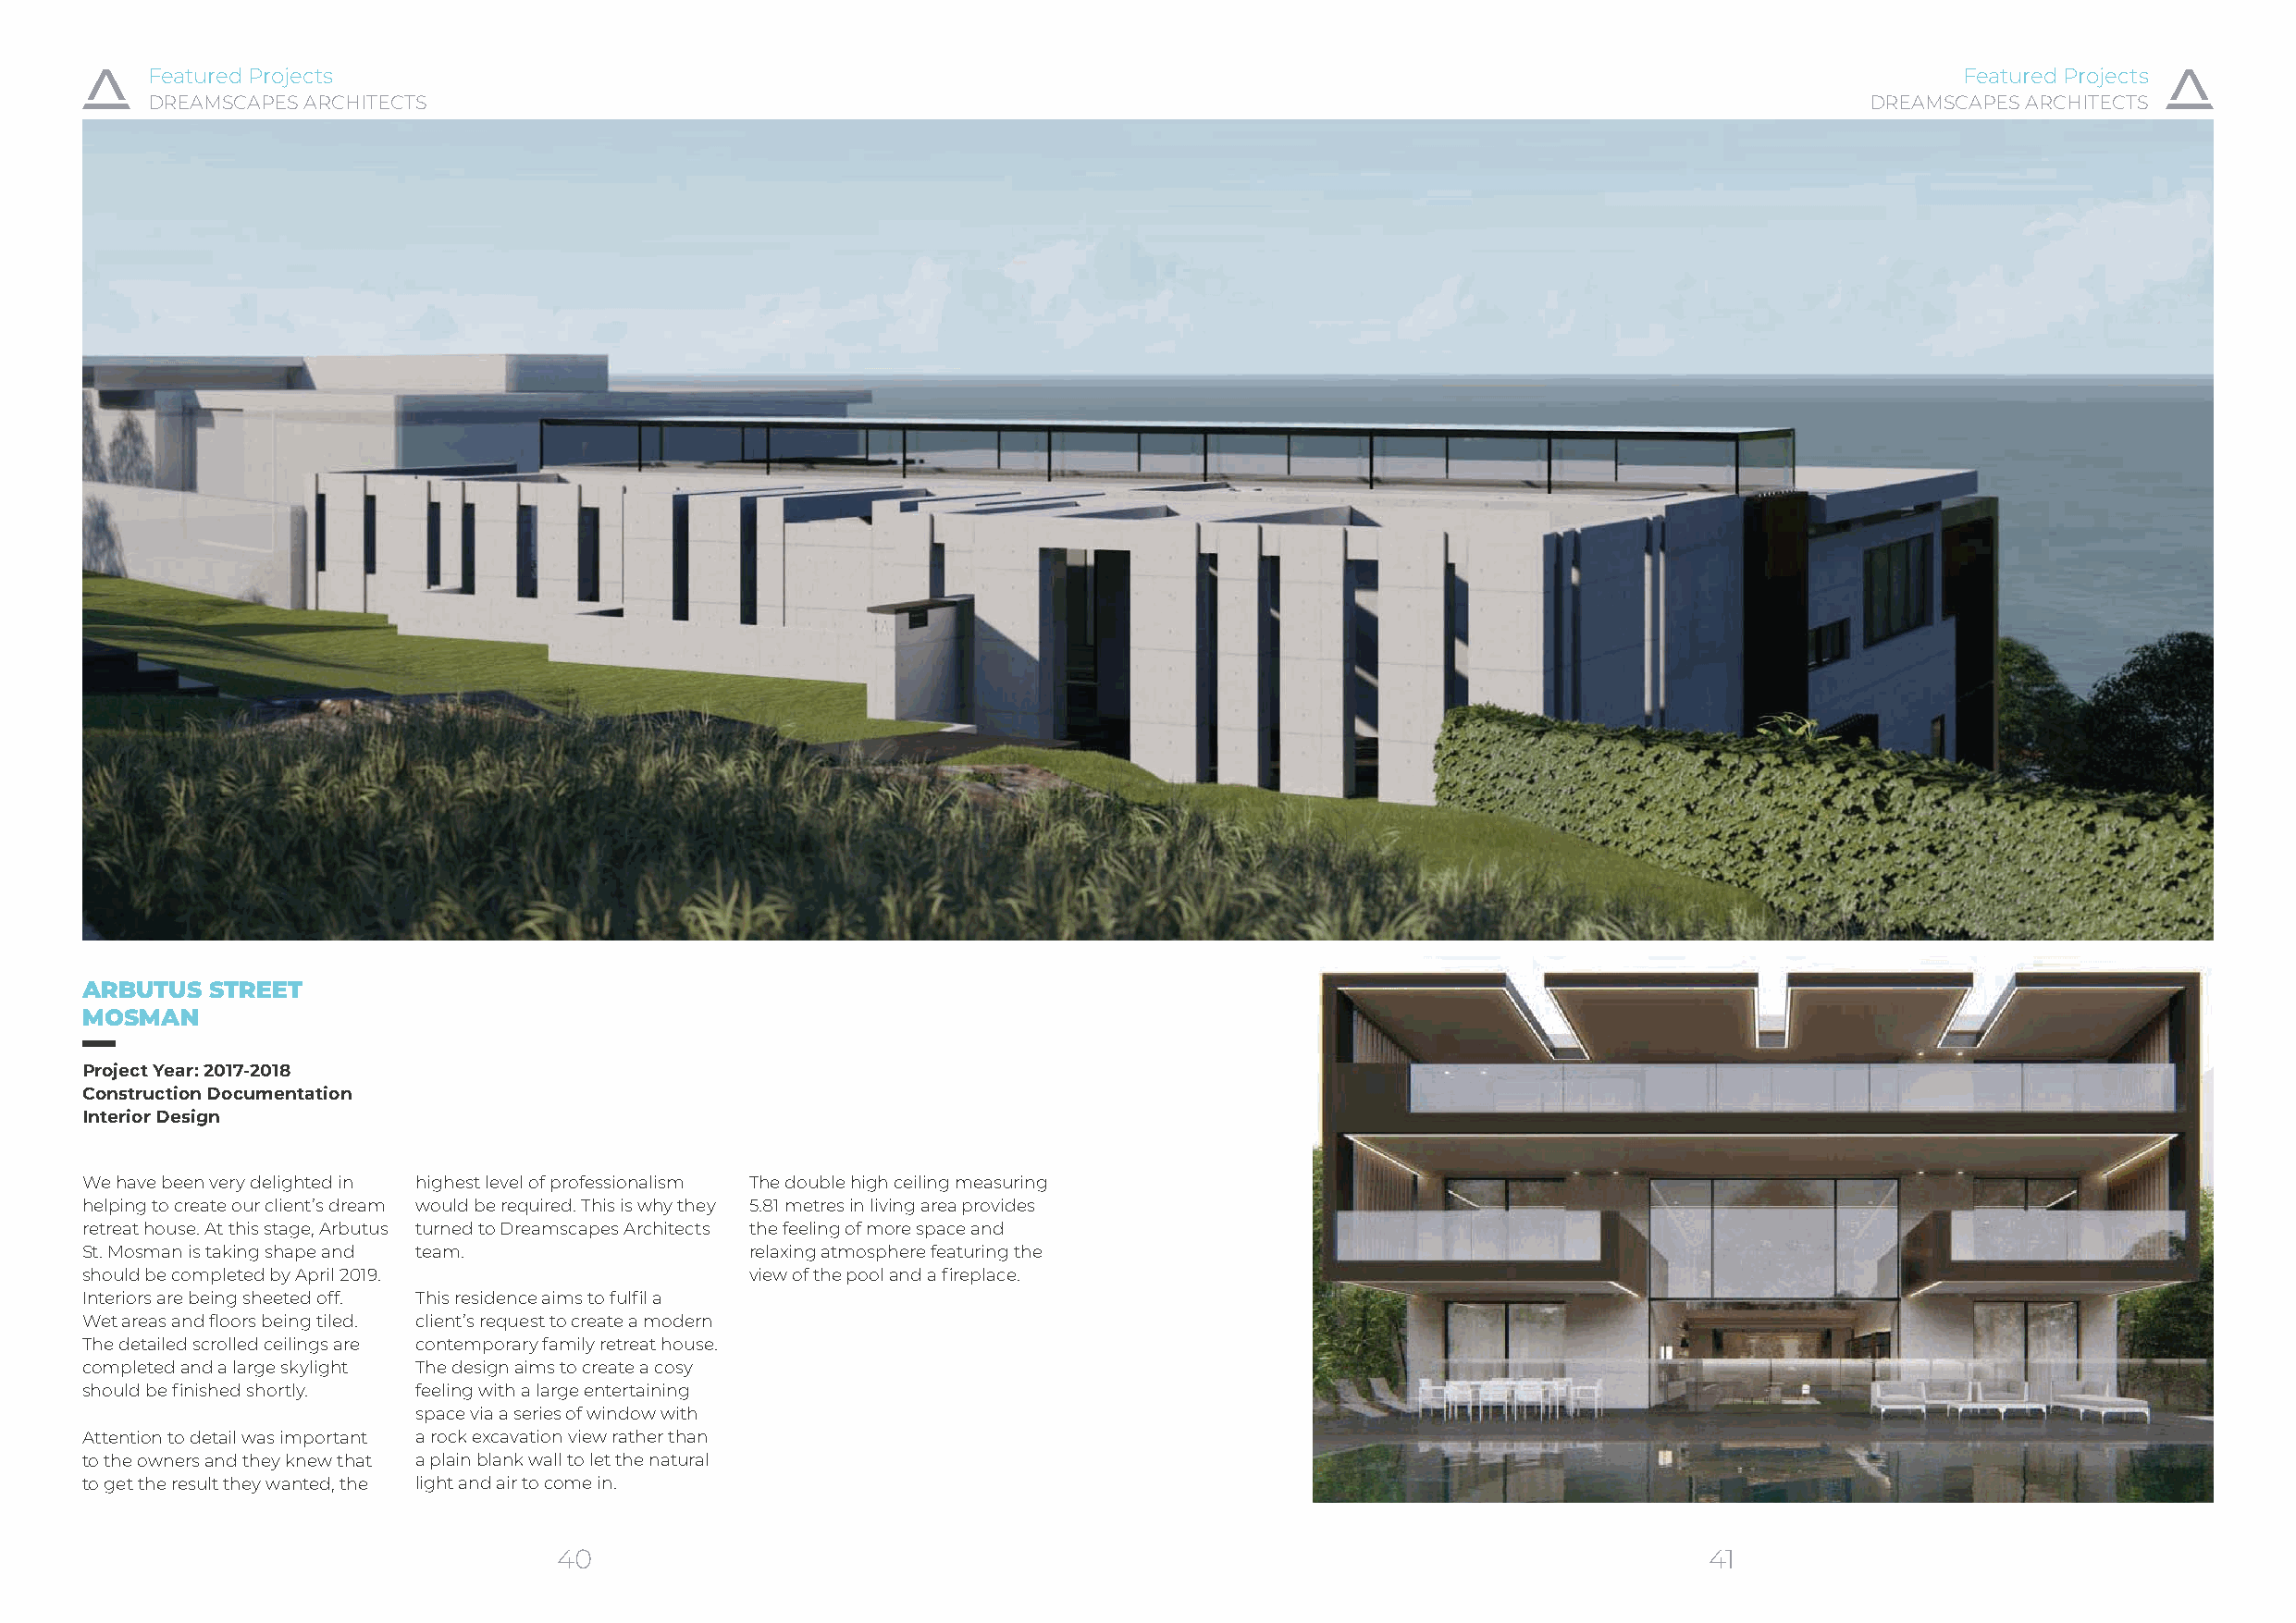
Featured Projects                                                                                                                Featured Projects
 DREAMSCAPES ARCHITECTS                                                                                                     DREAMSCAPES ARCHITECTS
 ARBUTUS  STREET
 MOSMAN
 Project Year: 2017-2018
 Construction Documentation
 Interior Design
 We have been very delighted in highest level of professionalism The double high ceiling measuring
 helping to create our client’s dream would be required. This is why they 5.81 metres in living area provides
 retreat house. At this stage, Arbutus turned to Dreamscapes Architects the feeling of more space and
 St. Mosman is taking shape and team.            relaxing atmosphere featuring the
 should be completed by April 2019.              view of the pool and a fireplace.
 Interiors are being sheeted off. This residence aims to fulfil a
 Wet areas and floors being tiled. client’s request to create a modern
 The detailed scrolled ceilings are contemporary family retreat house.
 completed and a large skylight The design aims to create a cosy
 should be finished shortly. feeling with a large entertaining
 space via a series of window with
 Attention to detail was important a rock excavation view rather than
 to the owners and they knew that a plain blank wall to let the natural
 to get the result they wanted, the light and air to come in.
 40                                                                                41